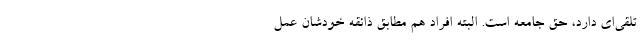
تلقی‌ای دارد، حق جامعه است. البته افراد هم مطابق ذائقه خودشان عمل